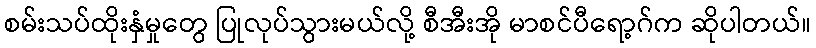
စမ်းသပ်ထိုးနှံမှုတွေ ပြုလုပ်သွားမယ်လို့ စီအီးအို မာစင်ပီရော့ဂ်က ဆိုပါတယ်။